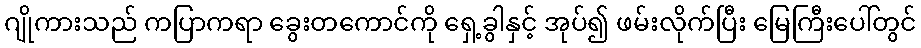
ဂျိုကားသည် ကပြာကရာ ခွေးတကောင်ကို ရှေ့ခွါနှင့် အုပ်၍ ဖမ်းလိုက်ပြီး မြေကြီးပေါ်တွင်